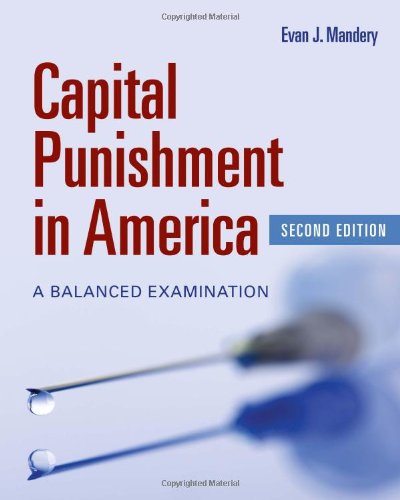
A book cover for Capital Punishment In America: A Balanced Examination; Evan J. Mandery; Law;